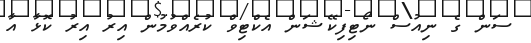
ސަން ގެ ނިއުސް ނޯޓިފިކޭޝަން އެކްޓިވް ކުރެއްވުުމުން އިރު އިރު ކޮޅާ އާ